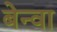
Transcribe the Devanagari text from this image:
बेन्वा